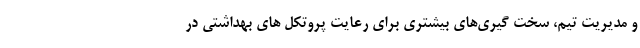
و مدیریت تیم، سخت گیری‌های بیشتری برای رعایت پروتکل های بهداشتی در